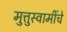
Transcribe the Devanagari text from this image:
मुत्तुस्वामींचे